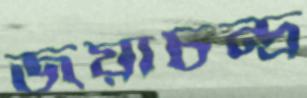
জয়াচন্দ্র